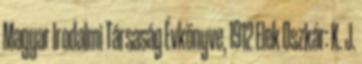
Magyar Irodalmi Társaság Évkönyve, 1912 Elek Oszkár: K. J.